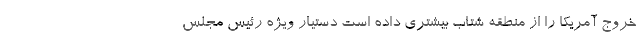
خروج آمریکا را از منطقه شتاب بیشتری داده است دستیار ویژه رئیس مجلس